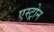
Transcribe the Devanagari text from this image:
एस्ट्रोन